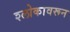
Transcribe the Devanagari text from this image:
श्लोकावरून